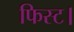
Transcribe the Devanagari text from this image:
फिस्ट।